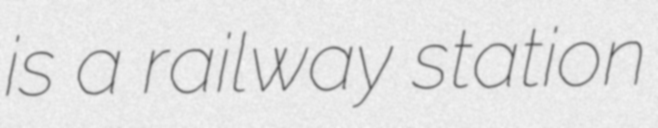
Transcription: is a railway station